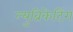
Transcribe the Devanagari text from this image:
ल्युब्रिकेटिंग